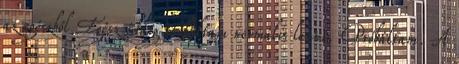
az egészből Egész idáig próbáltam normális lenni. Próbáltam. A